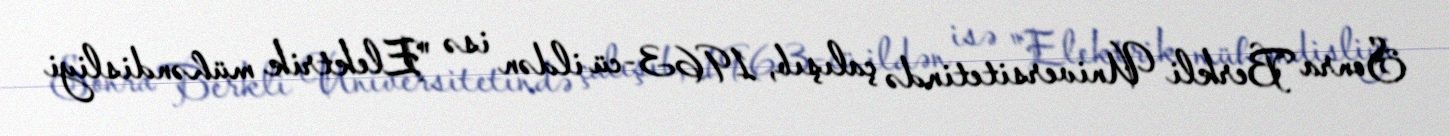
Sonra Berkli Universitetində çalışıb, 1963-cü ildən isə "Elektrik mühəndisliyi